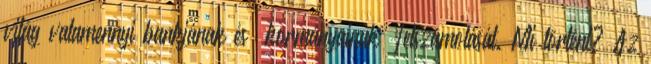
világ valamennyi bankjának és „kormányainak” felszámolását. Mi történt? Az